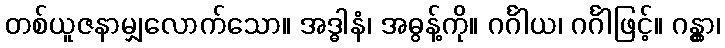
တစ်ယူဇနာမျှလောက်သော။ အဒ္ဓါနံ၊ အဓွန့်ကို။ ဂင်္ဂါယ၊ ဂင်္ဂါဖြင့်။ ဂန္တွာ၊